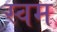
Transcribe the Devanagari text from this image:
स्वम